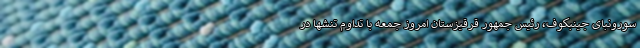
سورونبای جینبکوف، رئیس جمهور قرقیزستان امروز جمعه با تداوم تنشها در